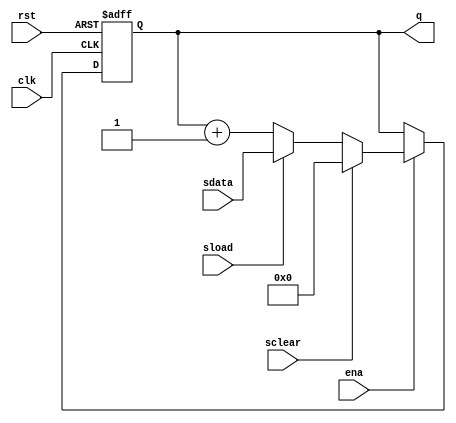
module cntr (clk,ena,rst,sload,sdata,sclear,q);

parameter WIDTH = 16;

input clk,ena,rst,sload,sclear;
input [WIDTH-1:0] sdata;

output [WIDTH-1:0] q;
reg [WIDTH-1:0] q;

always @(posedge clk or posedge rst) begin
	if (rst) q <= 0;
	else begin
		if (ena) begin
			if (sclear) q <= 0;
			else if (sload) q <= sdata;
			else q <= q + 1'b1;
		end
	end
end

endmodule